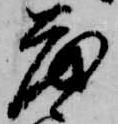
茂